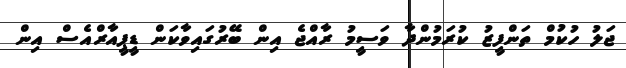
ޖަލު ހުކުމް ތަންފީޒު ކުރަމުންދާ ވަސީމު ރާއްޖެ އިން ބޭރުގައިވާކަން ޑީޕީއާރްއެސް އިން